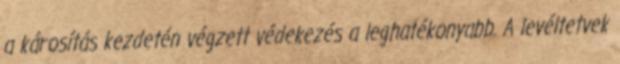
a károsítás kezdetén végzett védekezés a leghatékonyabb. A levéltetvek